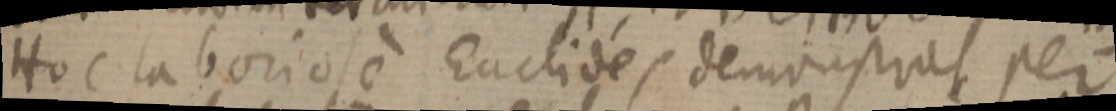
Hoc laboriose Euclides demonstrat per